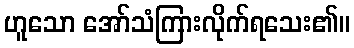
ဟူသော အော်သံကြားလိုက်ရသေး၏။